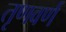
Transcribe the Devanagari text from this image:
तृणवर्ण